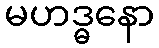
မဟဒ္ဓနော